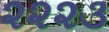
૨૨૨૩